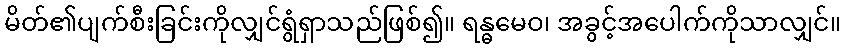
မိတ်၏ပျက်စီးခြင်းကိုလျှင်ရွံရှာသည်ဖြစ်၍။ ရန္ဓမေဝ၊ အခွင့်အပေါက်ကိုသာလျှင်။